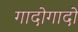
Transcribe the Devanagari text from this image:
गादोगादो